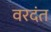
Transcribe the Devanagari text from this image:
वरदंत